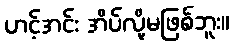
ဟင့်အင်း အိပ်လို့မဖြစ်ဘူး။